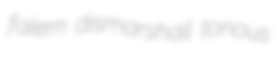
falern dismarshall tonous